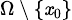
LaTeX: \scriptstyle\Omega\, \setminus\, \{ \mathit{x}_{0}\}